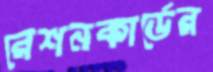
রেশনকার্ডের